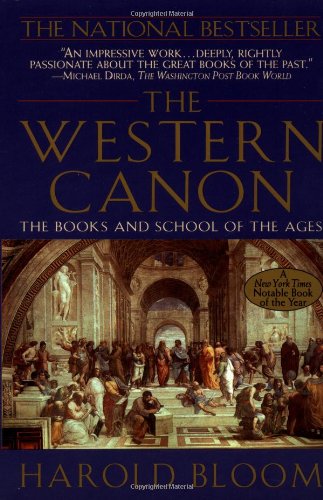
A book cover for The Western Canon: The Books and School of the Ages; Harold Bloom; Literature & Fiction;